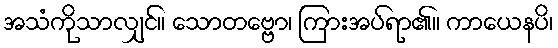
အသံကိုသာလျှင်။ သောတဗ္ဗော၊ ကြားအပ်ရာ၏။ ကာယေနပိ၊